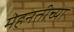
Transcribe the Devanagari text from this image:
मेहनतीच्या